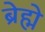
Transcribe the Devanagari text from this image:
ब्रेह्मे